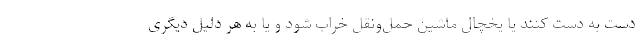
دست به دست کنند یا یخچال ماشین حمل‌ونقل خراب شود و یا به هر دلیل دیگری